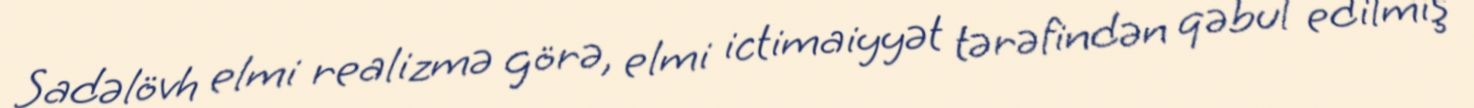
Sadəlövh elmi realizmə görə, elmi ictimaiyyət tərəfindən qəbul edilmiş